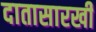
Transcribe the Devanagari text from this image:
दातासारखी